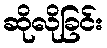
ဆိုလိုခြင်း